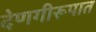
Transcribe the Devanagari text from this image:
देणगीरूपात